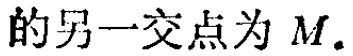
的另一交点为 \(M\).